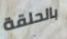
بالحلقة